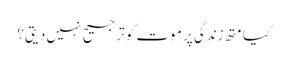
کیا متھ زندگی پر موت کو ترجیح نہیں دیتی؟